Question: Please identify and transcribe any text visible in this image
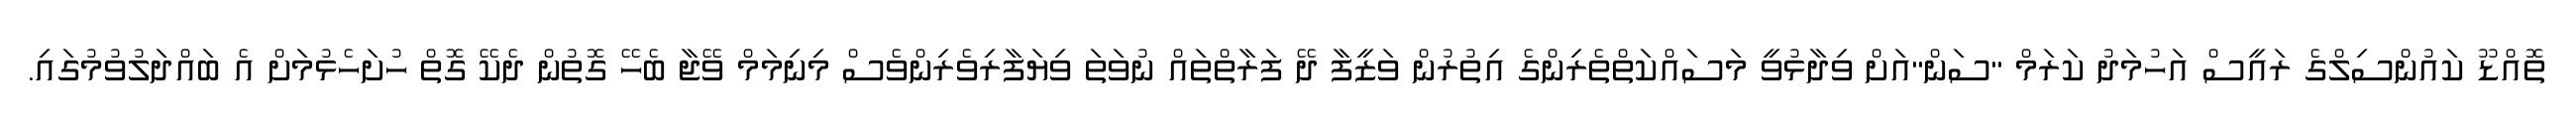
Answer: ތޮއްޑޫ ކައުންސިލްގެ ރައީސް އަހުމަދު ކަރަމް "ސަން"އަށް ވިދާޅުވީ މަސައްކަތްތެރިންގެ އިތުރުން ވަޒީފާ ދޭ ފަރާތްތައް ނުވަތަ ވިޔަފާރިވެރިންވެސް މިނިމަމް ވޭޖާ ބެހޭ ގޮތުން ދެކޭ ގޮތް ހުށަހެޅުމަށް އެ ބައްދަލުވުމުގައި.